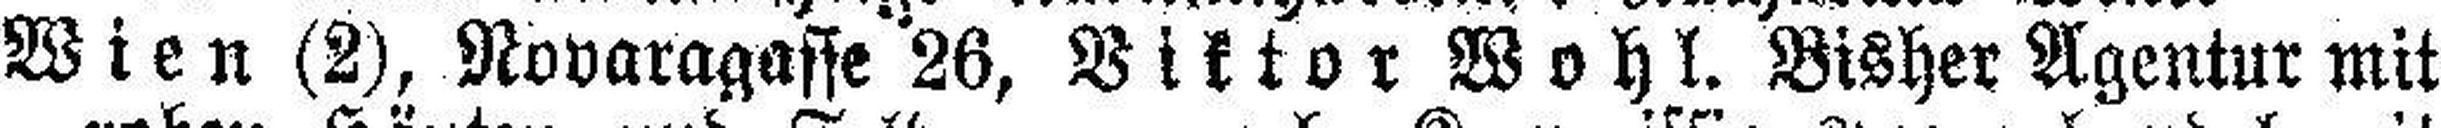
Wien (2), Novaragasse 26, Viktor Wohl. Bisher Agentur mit